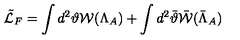
\tilde { \cal L } _ { F } = \int d ^ { 2 } { \vartheta } { \cal W } ( \Lambda _ { A } ) + \int d ^ { 2 } \bar { { \vartheta } } \bar { { \cal W } } ( \bar { \Lambda } _ { A } )